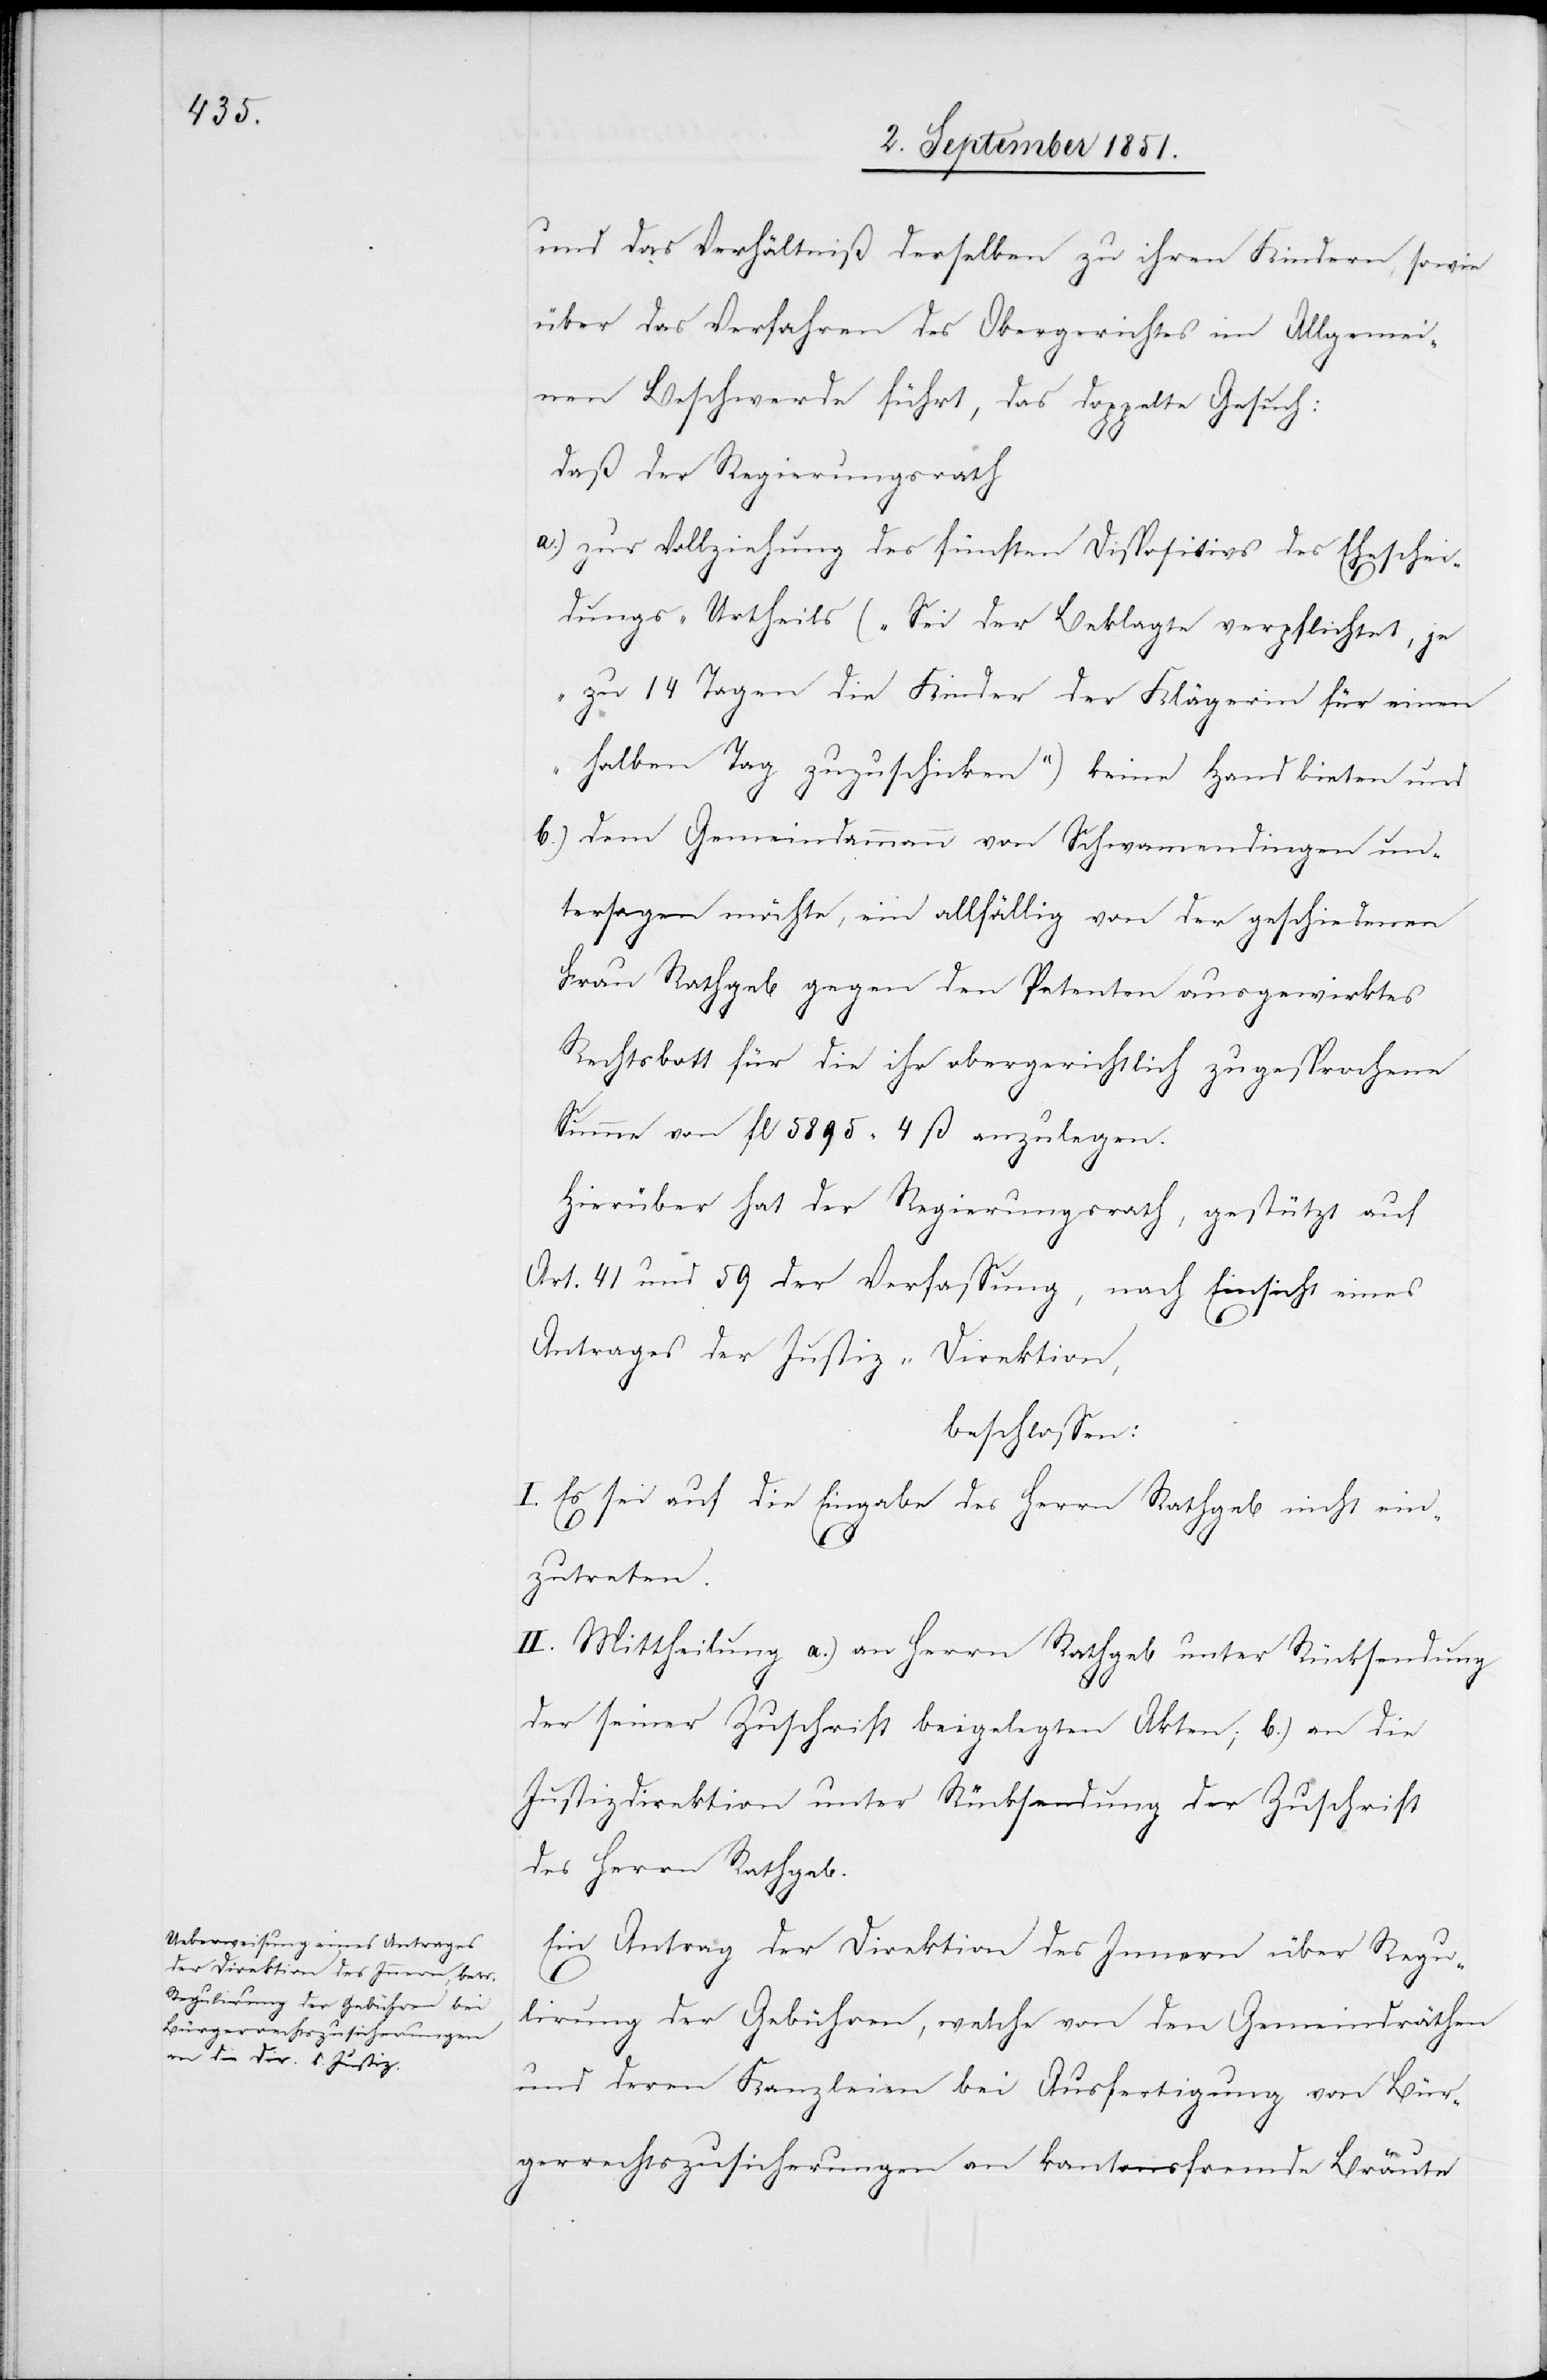
und das Verhältniß derselben zu ihren Kindern, sowie
über das Verfahren des Obergerichtes im Allgemei¬
nen Beschwerde führt, das doppelte Gesuch:
daß der Regierungsrath
zur Vollziehung des fünften Dispositivs des Eheschei¬
dungs-Urtheils („Sei der Beklagte verpflichtet, je
zu 14 Tagen die Kinder der Klägerin für einen
halben Tag zuzuschicken“) keine Hand bieten und
b.)
dem Gemeindammann von Schwamendingen un¬
tersagen möchte, ein allfällig von der geschiedenen
Frau Rathgeb gegen den Petenten ausgewirktes
Rechtsbott für die ihr obergerichtlich zugesprochene
Summe von fl 5895 4 ß anzulegen.
Hierüber hat der Regierungsrath, gestützt auf
Art. 41 und 59 der Verfassung, nach Einsicht eines
Antrages der Justiz-Direktion,
beschlossen:
I. Es sei auf die Eingabe des Herrn Rathgeb nicht ein¬
zutreten.
II. Mittheilung a.) an Herrn Rathgeb unter Rücksendung
der seiner Zuschrift beigelegten Akten; b.) an die
Justizdirektion unter Rücksendung der Zuschrift
des Herrn Rathgeb.
Ein Antrag der Direktion des Innern über Regu¬
lirung der Gebühren, welche von den Gemeindräthen
und deren Kanzleien bei Ausfertigung von Bür¬
gerrechtszusicherungen an kantonsfremde Bräute